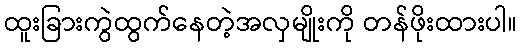
ထူးခြားကွဲထွက်နေတဲ့အလှမျိုးကို တန်ဖိုးထားပါ။